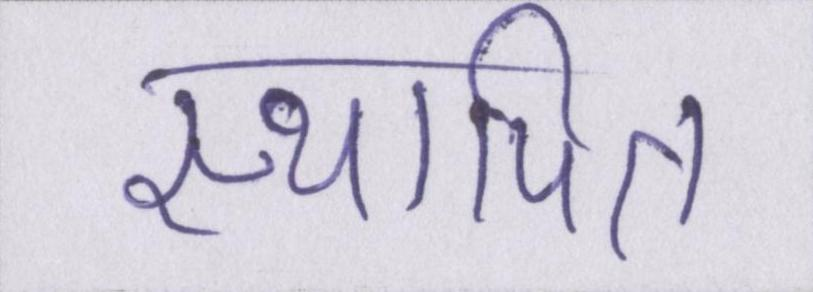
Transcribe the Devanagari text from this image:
स्थापित